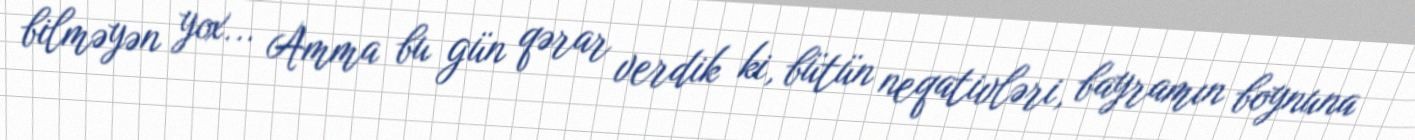
bilməyən yox... Amma bu gün qərar verdik ki, bütün neqativləri, bayramın boynuna